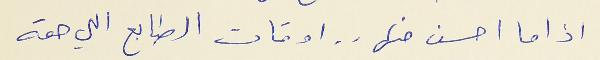
اذا ما احسن منها . . اوقات الطابع اللي حقه